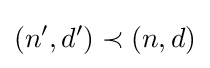
(n',d')\prec (n,d)